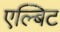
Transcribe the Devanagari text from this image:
एल्बिट